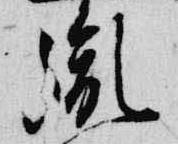
胤